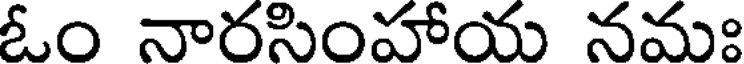
ఓం నారసింహాయ నమః